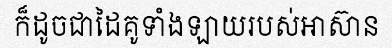
ក៏ដូចជាដៃគូទាំងឡាយរបស់អាស៊ាន